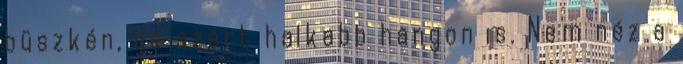
büszkén, de azért halkabb hangon is. Nem néz a